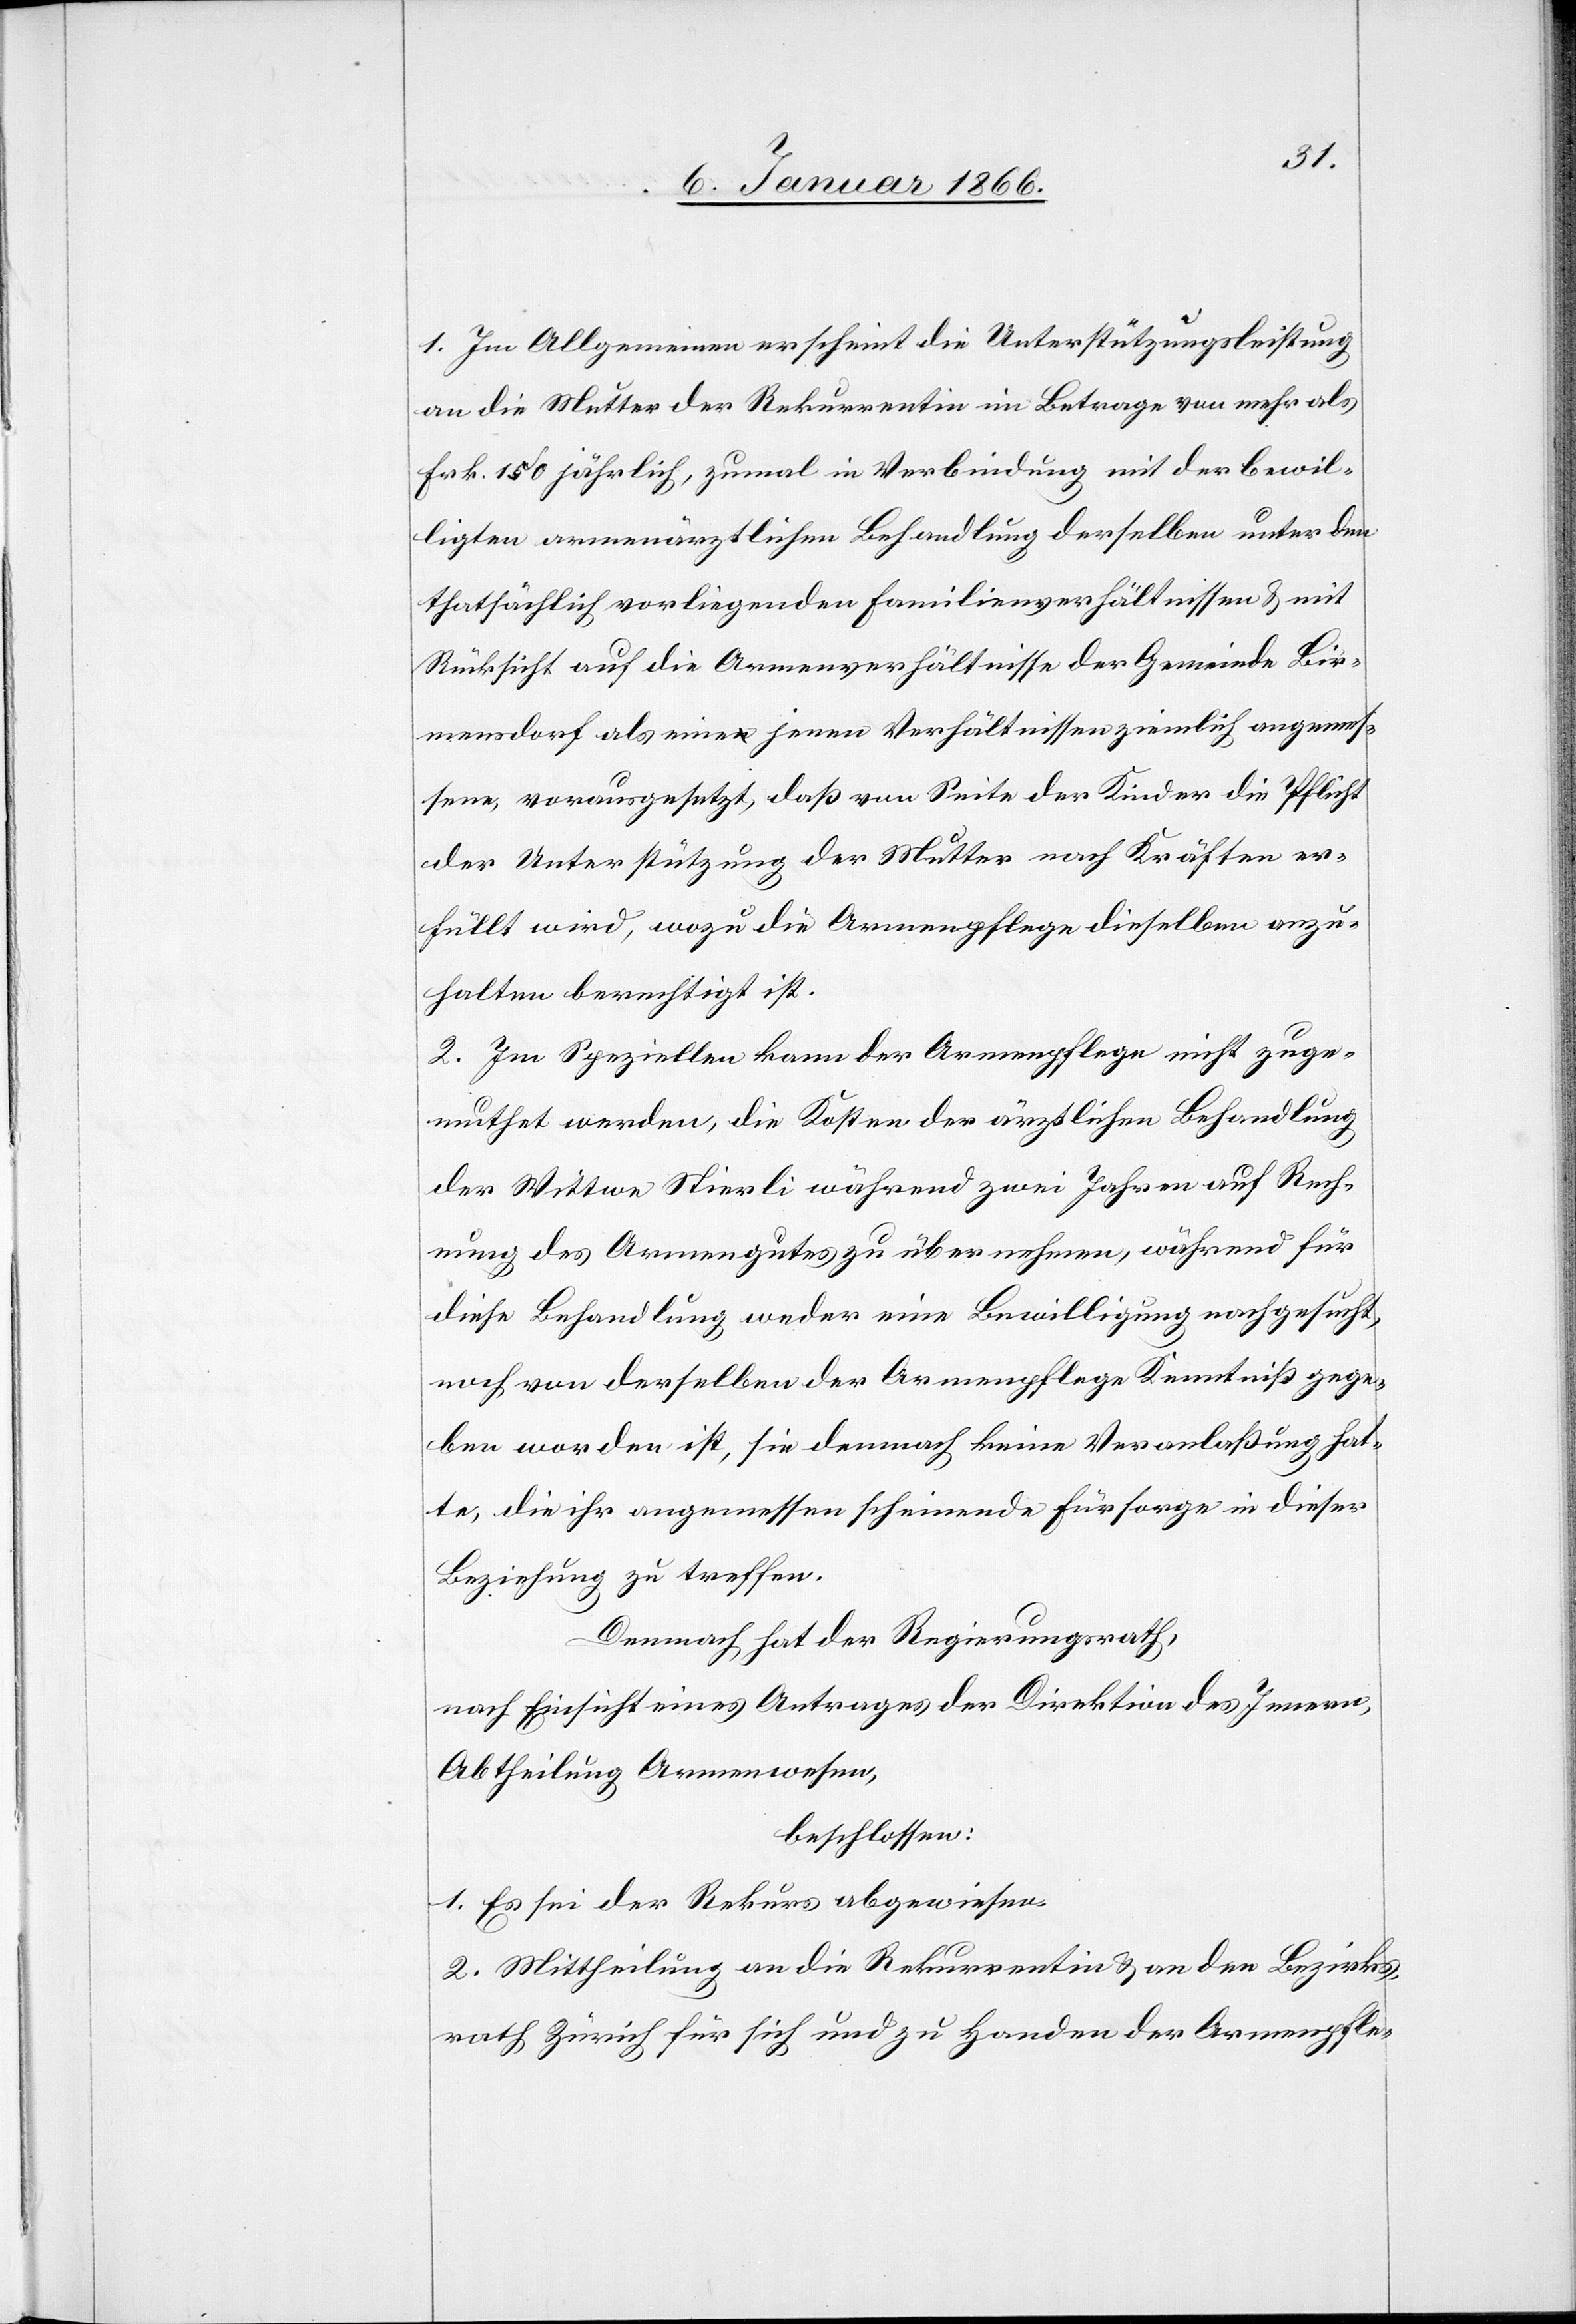
1. Im Allgemeinen erscheint die Unterstützungsleistung
an die Mutter der Rekurrentin im Betrage von mehr als
Frk. 150 jährlich, zumal in Verbindung mit der bewil¬
ligten armenärztlichen Behandlung derselben unter den
thatsächlich vorliegenden Familienverhältnissen u. mit
Rücksicht auf die Armenverhältnisse der Gemeinde Bir¬
mensdorf als eine jenen Verhältnissen ziemlich angemes¬
sene, vorausgesetzt, daß von Seite der Kinder die Pflicht
der Unterstützung der Mutter nach Kräften er¬
füllt wird, wozu die Armenpflege dieselben anzu¬
halten berechtigt ist.
2. Im Speziellen kann der Armenpflege nicht zuge¬
muthet werden, die Kosten der ärztlichen Behandlung
der Wittwe Stierli während zwei Jahren auf Rech¬
nung des Armengutes zu übernehmen, während für
diese Behandlung weder eine Bewilligung nachgesucht,
noch von derselben der Armenpflege Kenntniß gege¬
ben worden ist, sie demnach keine Veranlaßung hat¬
te, die ihr angemessen scheinende Fürsorge in dieser
Beziehung zu treffen.
Demnach hat der Regierungsrath,
nach Einsicht eines Antrages der Direktion des Innern,
Abtheilung Armensachen,
beschlossen:
1. Es sei der Rekurs abgewiesen.
2. Mittheilung an die Rekurrentin u. an den Bezirks¬
rath Zürich für sich und zu Handen der Armenpfle-